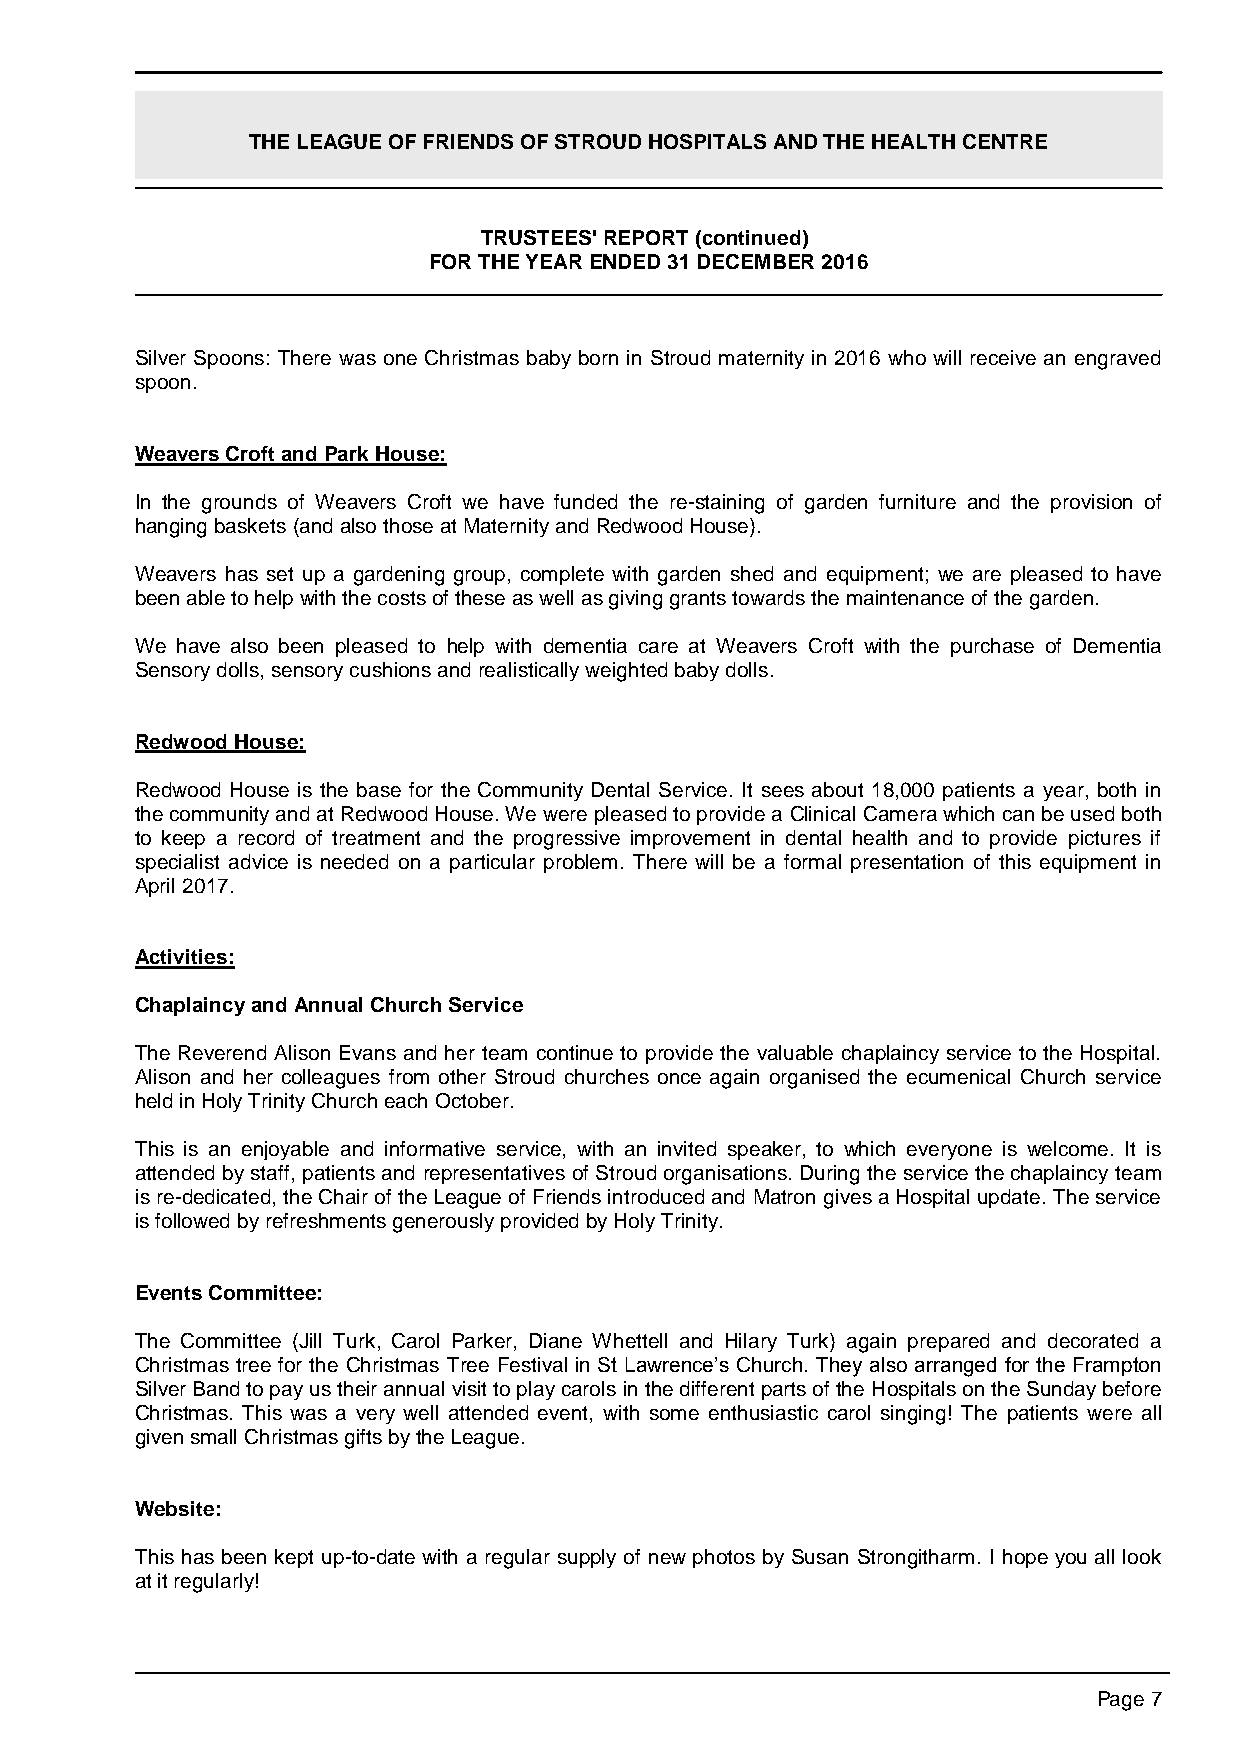
THE LEAGUE OF FRIENDS OF STROUD HOSPITALS AND THE HEALTH CENTRE
 TRUSTEES' REPORT (continued)
 FOR THE YEAR ENDED 31 DECEMBER 2016
 Silver Spoons: There was one Christmas baby born in Stroud maternity in 2016 who will receive an engraved
 spoon.
 Weavers Croft and Park House:
 In the grounds of Weavers Croft we have funded the re-staining of garden furniture and the provision of
 hanging baskets (and also those at Maternity and Redwood House).
 Weavers has set up a gardening group, complete with garden shed and equipment; we are pleased to have
 been able to help with the costs of these as well as giving grants towards the maintenance of the garden.
 We have also been pleased to help with dementia care at Weavers Croft with the purchase of Dementia
 Sensory dolls, sensory cushions and realistically weighted baby dolls.
 Redwood House:
 Redwood House is the base for the Community Dental Service. It sees about 18,000 patients a year, both in
 the community and at Redwood House. We were pleased to provide a Clinical Camera which can be used both
 to keep a record of treatment and the progressive improvement in dental health and to provide pictures if
 specialist advice is needed on a particular problem. There will be a formal presentation of this equipment in
 April 2017.
 Activities:
 Chaplaincy and Annual Church Service
 The Reverend Alison Evans and her team continue to provide the valuable chaplaincy service to the Hospital.
 Alison and her colleagues from other Stroud churches once again organised the ecumenical Church service
 held in Holy Trinity Church each October.
 This is an enjoyable and informative service, with an invited speaker, to which everyone is welcome. It is
 attended by staff, patients and representatives of Stroud organisations. During the service the chaplaincy team
 is re-dedicated, the Chair of the League of Friends introduced and Matron gives a Hospital update. The service
 is followed by refreshments generously provided by Holy Trinity.
 Events Committee:
 The Committee (Jill Turk, Carol Parker, Diane Whettell and Hilary Turk) again prepared and decorated a
 Christmas tree for the Christmas Tree Festival in St Lawrence’s Church. They also arranged for the Frampton
 Silver Band to pay us their annual visit to play carols in the different parts of the Hospitals on the Sunday before
 Christmas. This was a very well attended event, with some enthusiastic carol singing! The patients were all
 given small Christmas gifts by the League.
 Website:
 This has been kept up-to-date with a regular supply of new photos by Susan Strongitharm. I hope you all look
 at it regularly!
 Page 7